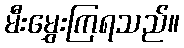
မီးမွှေးကြရသည်။